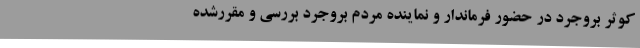
کوثر بروجرد در حضور فرماندار و نماینده مردم بروجرد بررسی و مقررشده